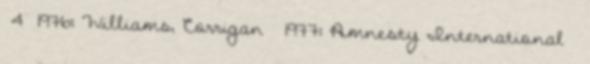
4 1976: Williams, Corrigan · 1977: Amnesty International ·